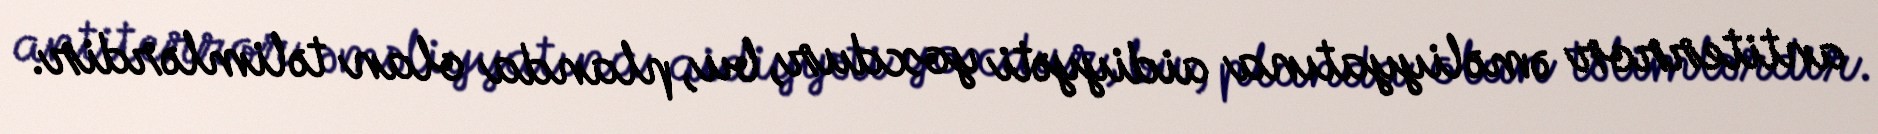
antiterror əməliyyatına aidiyyəti yoxdur, bu, planda olan təlimlərdir.